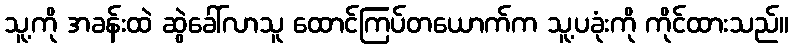
သူ့ကို အခန်းထဲ ဆွဲခေါ်လာသူ ထောင်ကြပ်တယောက်က သူ့ပခုံးကို ကိုင်ထားသည်။